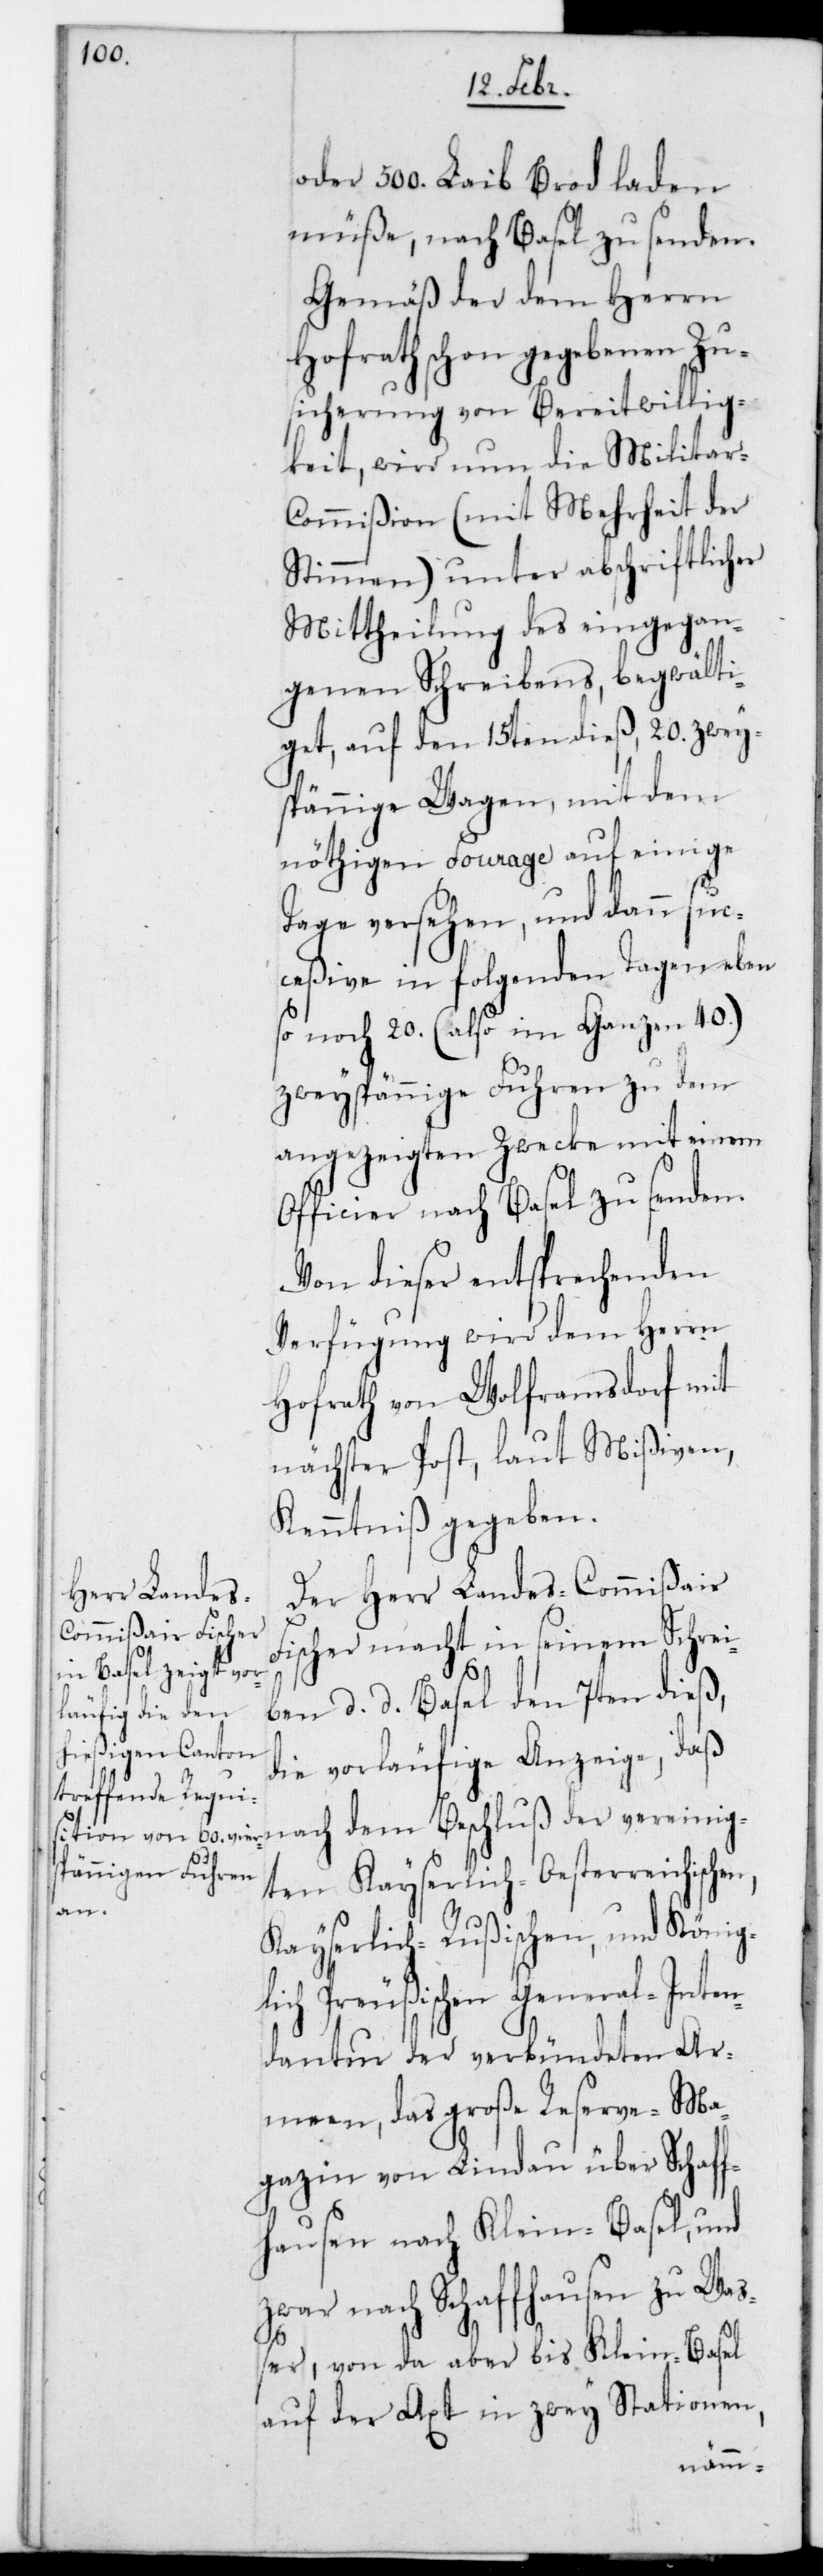
oder 500. Laib Brod laden
müße, nach Basel zu senden.
Gemäß der dem Herrn
Hofrath schon gegebenen Zu¬
sicherung von Bereitwillig¬
keit, wird nun die Militar-C¬
ommißion (mit Mehrheit der
Stimmen) unter abschriftlicher
Mittheilung des eingegan¬
genen Schreibens begwälti¬
get, auf den 15ten dieß, 20. zwey¬
spännige Wagen, mit dem
nöthigen Fourage auf einige
Tage versehen, und dann suc¬
ceßive in folgenden Tagen eben¬
so noch 20. (also im ganzen 40.)
zweyspännige Fuhren zu dem
angezeigten Zwecke mit einem
Officier nach Basel zu senden.
Von dieser entsprechenden
Verfügung wird dem Herrn
Hofrath von Wolframsdorf mit
nächster Post, laut Mißiven,
Kenntniß gegeben.
Der Herr Landes-Commißair
Fischer macht in seinem Schrei¬
ben, d. d. Basel den 7ten dieß,
die vorläufige Anzeige, daß
nach dem Beschluß der vereinig¬
ten Kayserlich-österreichischen,
Kayserlich-Rußischen und König¬
lich-Preußischen General-Inten¬
dantur der verbündeten Ar¬
meen, das große Reserve-Ma¬
gazin von Lindau über Schaff¬
hausen nach Klein-Basel, und
zwar nach Schaffhausen zu Wa¬
ßer, von da aber bis Klein-Basel
auf der Axt in zwey Stationen,